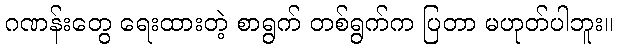
ဂဏန်းတွေ ရေးထားတဲ့ စာရွက် တစ်ရွက်က ပြတာ မဟုတ်ပါဘူး။